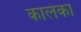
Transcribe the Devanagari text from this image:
कालंका